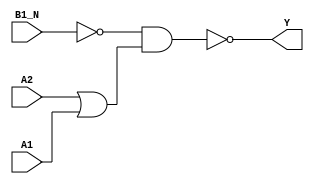
module sky130_fd_sc_ms__o21bai (
    Y   ,
    A1  ,
    A2  ,
    B1_N
);

    // Module ports
    output Y   ;
    input  A1  ;
    input  A2  ;
    input  B1_N;

    // Module supplies
    supply1 VPWR;
    supply0 VGND;
    supply1 VPB ;
    supply0 VNB ;

    // Local signals
    wire b          ;
    wire or0_out    ;
    wire nand0_out_Y;

    //   Name   Output       Other arguments
    not  not0  (b          , B1_N           );
    or   or0   (or0_out    , A2, A1         );
    nand nand0 (nand0_out_Y, b, or0_out     );
    buf  buf0  (Y          , nand0_out_Y    );

endmodule